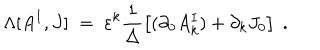
\Lambda [ A ^ { I } , J ] \; = \; \varepsilon ^ { k } \frac { 1 } { \Delta } \left[ ( \partial _ { 0 } A _ { k } ^ { I } ) + \partial _ { k } J _ { 0 } \right] \; .